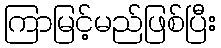
ကြာမြင့်မည်ဖြစ်ပြီး